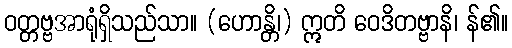
ဝတ္တဗ္ဗအာရုံရှိသည်သာ။ (ဟောန္တိ၊) ဣတိ ဝေဒိတဗ္ဗာနိ၊ န်၏။